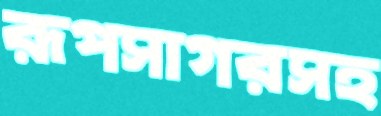
রূপসাগরসহ